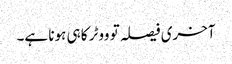
آخری فیصلہ تو ووٹر کا ہی ہونا ہے۔